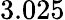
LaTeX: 3.025